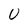
Character: U